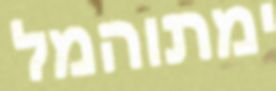
ימתוהמל